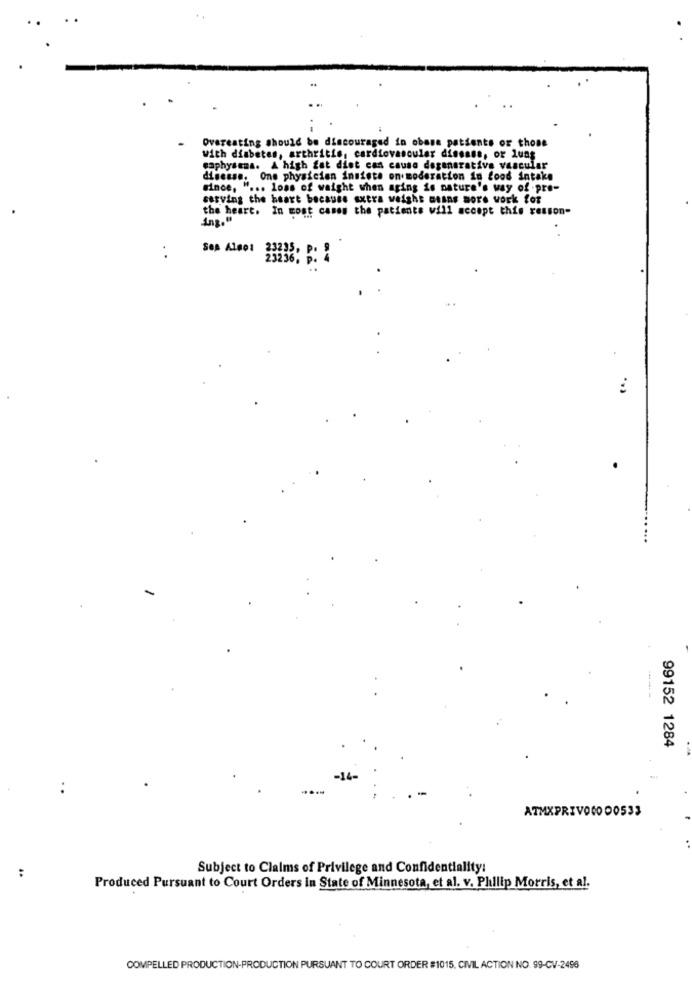
Overeating should be discouraged in obase patients or those
with diabetes, arthritis, cardiovascular disease, or luas
caphysema. A high fat diet can cause degenerativa vascular
disease. Ons physician insiste on moderation in food intake
since, " ... loss of weight when aging is nature's way of pre-
serving the heart because extra weight means more work for
the heart. In most cases the patients will accept this reason-
ing."
23235, P.
99152 1284
-14-
ATMXPRIVO0000533
Subject to Claims of Privilege and Confidentiality:
:
Produced Pursuant to Court Orders in State of Minnesota, et al. v. Phillip Morris, et al.
COMPELLED PRODUCTION-PRODUCTION PURSUANT TO COURT ORDER #1015, CIVIL ACTION NO. 99-CV-2496